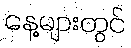
နေ့များတွင်